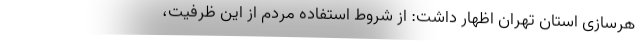
هرسازی استان تهران اظهار داشت: از شروط استفاده مردم از این ظرفیت،